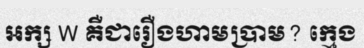
អក្ស W គឺជារឿងហាមប្រាម? ក្មេង